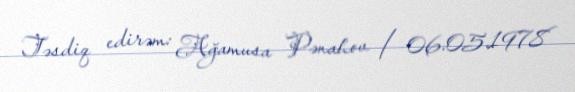
Təsdiq edirəm: Ağamusa Pənahov / 06.05.1978